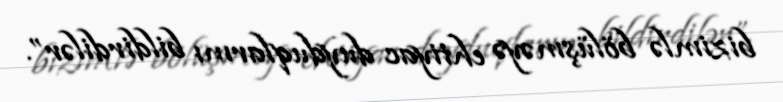
bizimlə bölüşməyə ehtiyac duyduqlarını bildirdilər”.